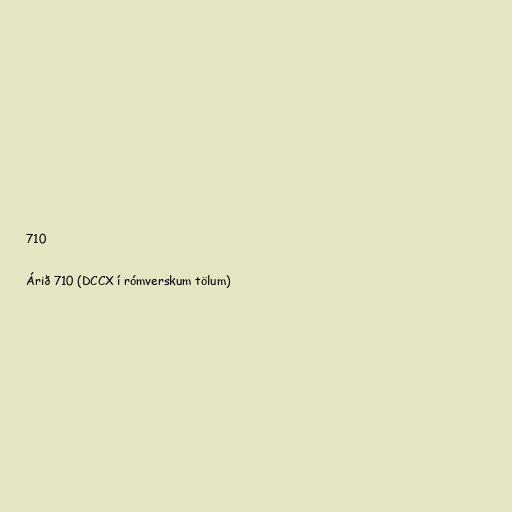
710

Árið 710 (DCCX í rómverskum tölum)